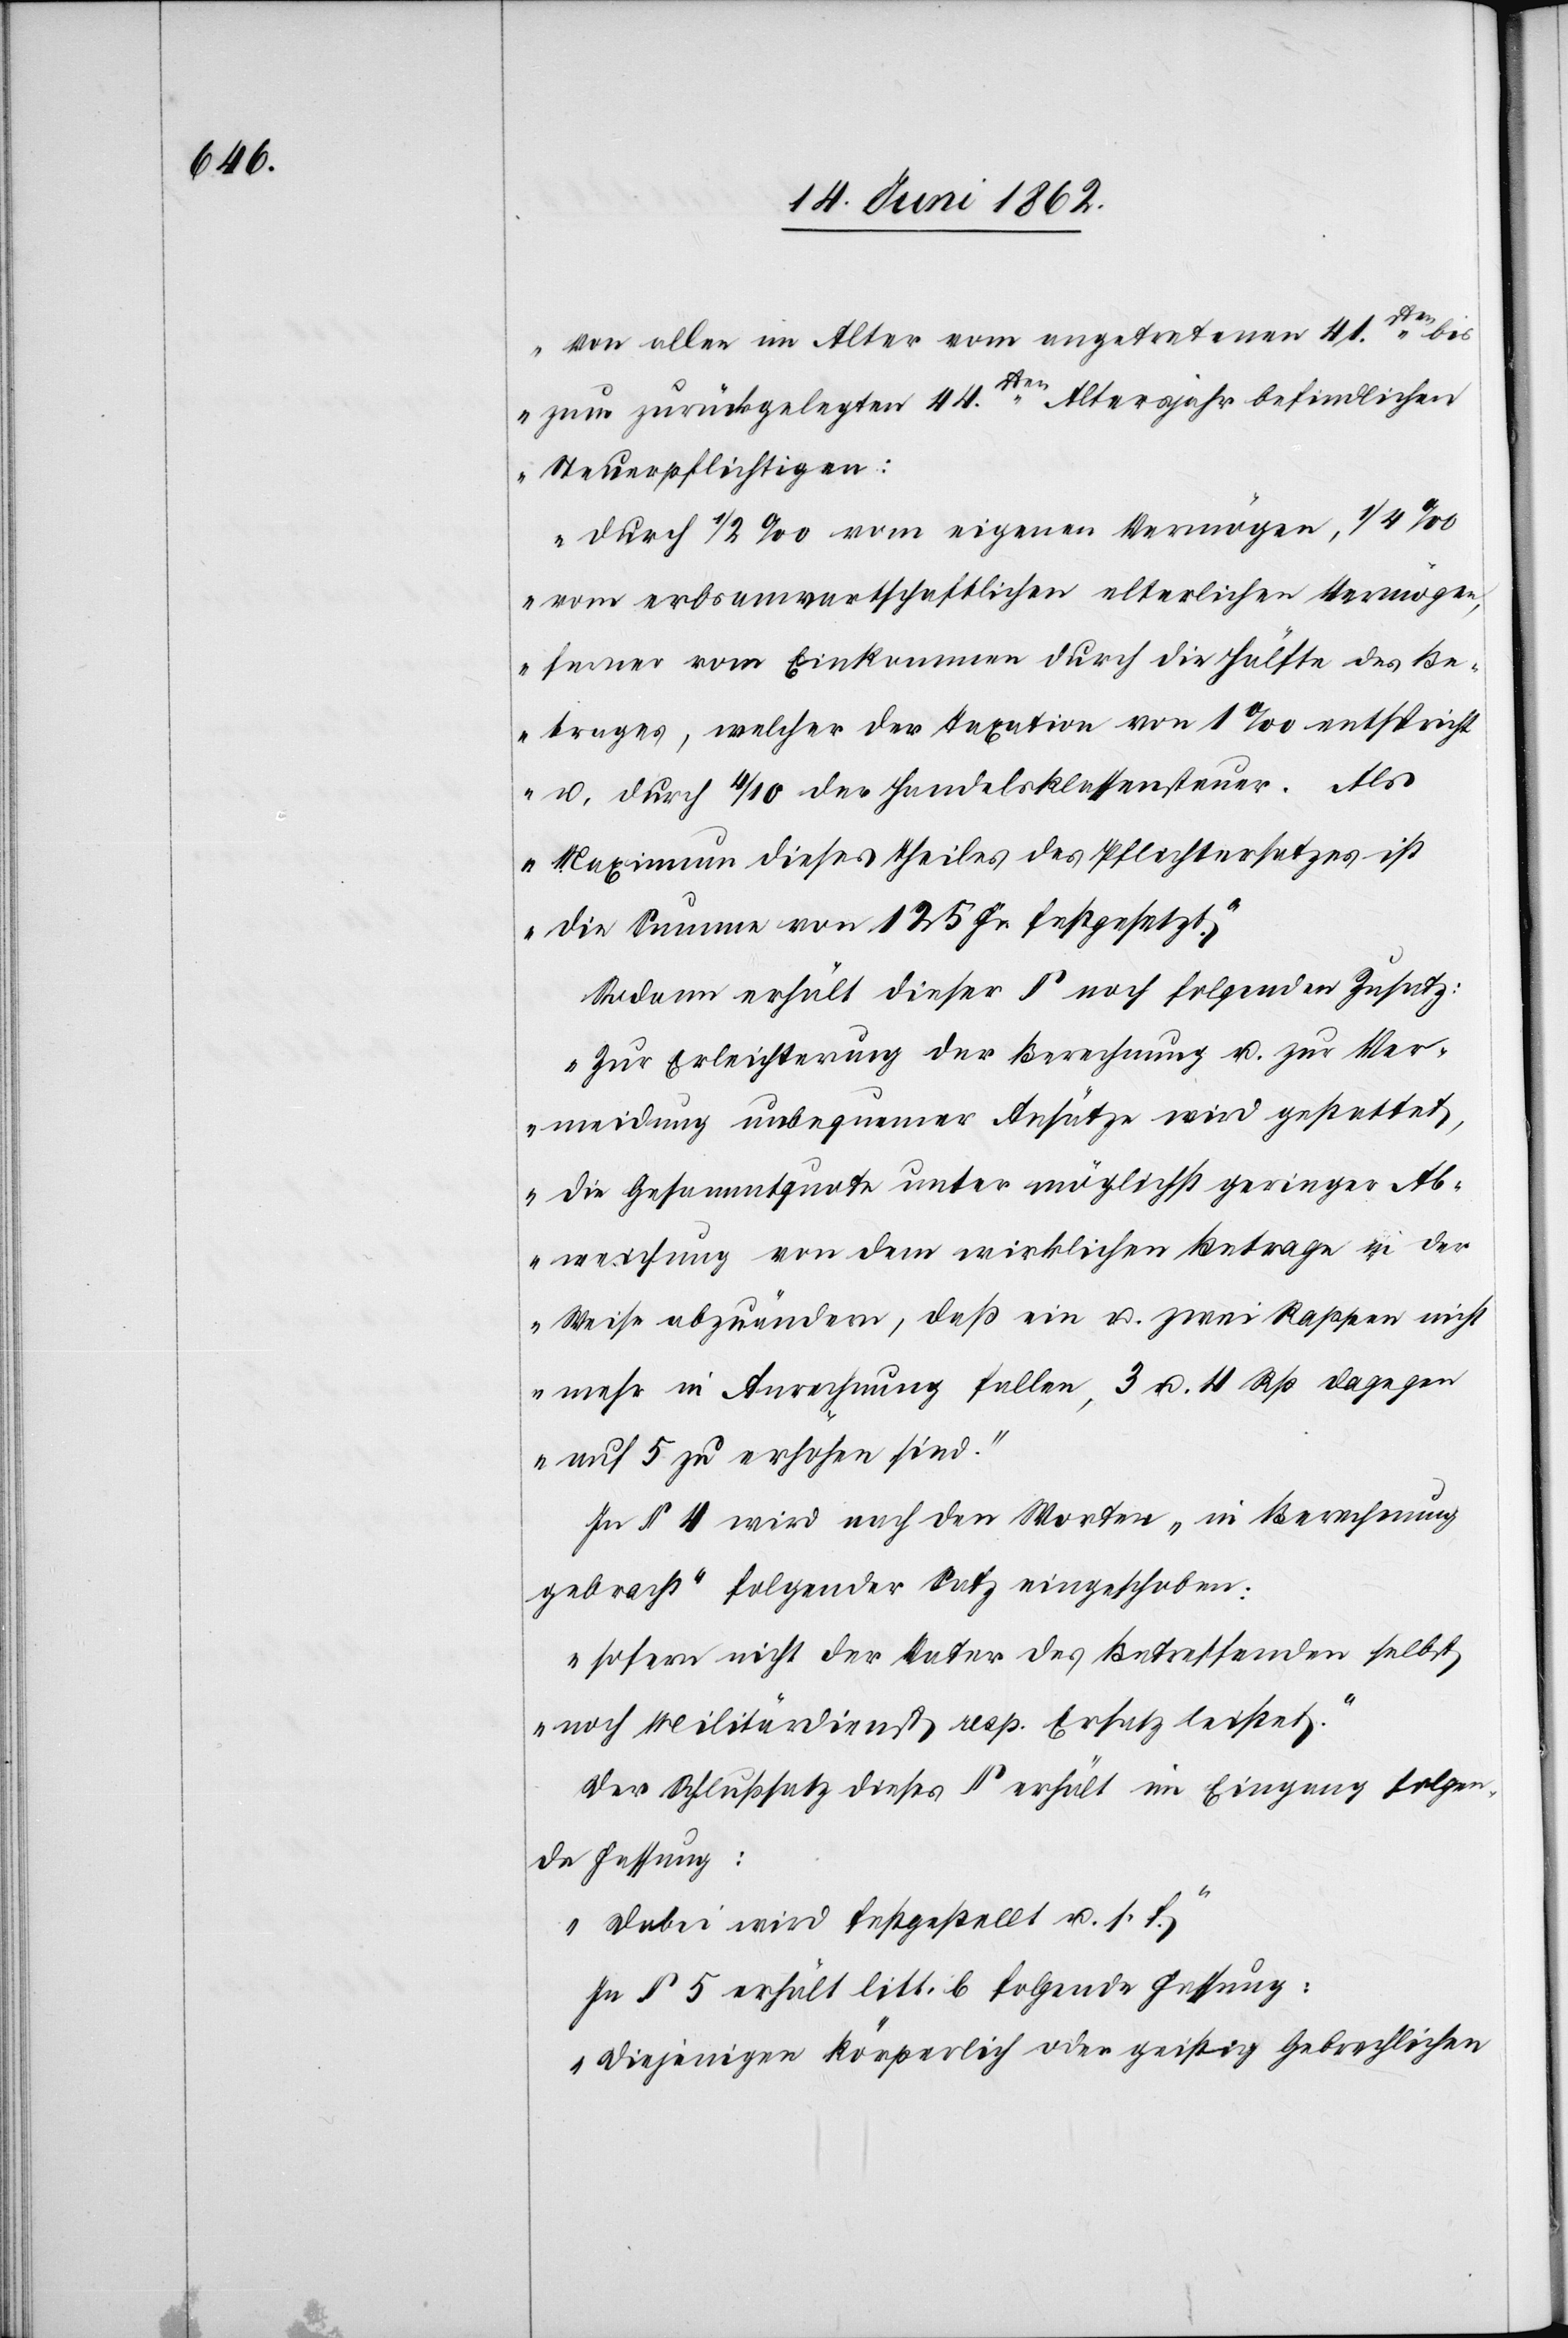
„von allen im Alter vom angetretenen 41sten bis
zum zurückgelegten 44sten Altersjahr befindlichen
Steuerpflichtigen.
Durch 1/2‰ vom eigenen Vermögen, 1/4‰
vom erbsanwartschaftlichen elterlichen Vermögen,
ferner vom Einkommen durch die Hälfte des Be¬
trages, welcher der Taxation von 1‰ entspricht
u. durch 4/10 der Handelsklassensteuer. Als
Maximum dieses Theiles des Pflichtersatzes ist
die Summe von 125 Fr. festgesetzt.“
Sodann erhält dieser § noch folgenden Zusatz:
„Zur Erleichterung der Berechnung u. zur Ver¬
meidung unbequemer Ansätze wird gestattet,
die Gesammtquote unter möglichst geringer Ab¬
weichung von dem wirklichen Betrag in der
Weise abzuändern, daß ein u. zwei Rappen nicht
mehr in Anrechnung fallen, 3 u. 4 Rp. dagegen
auf 5 zu erhöhen sind.“
In § 4 wird nach den Worten „in Berechnung
gebracht“ folgender Satz eingeschoben:
„Sofern nicht der Vater des Betreffenden selbst
noch Militärdienst resp. Ersatz leistet.“
Der Schlußsatz dieses § erhält im Eingang folgen¬
de Fassung:
„Dabei wird festgestellt u. s. f“
In § 5 erhält litt. b folgende Fassung:
„Diejenigen körperlich oder geistig Gebrechlichen